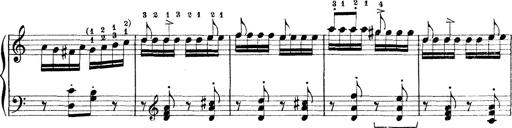
Title: Rapsodie: 19 ungheresi, 1 spagnuola
Composer: Franz Liszt